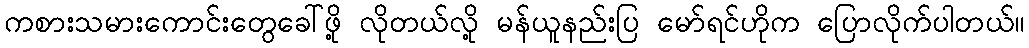
ကစားသမားကောင်းတွေခေါ်ဖို့ လိုတယ်လို့ မန်ယူနည်းပြ မော်ရင်ဟိုက ပြောလိုက်ပါတယ်။